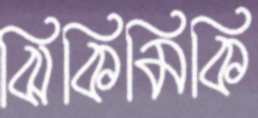
ঝিকিমিকি